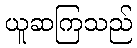
ယူဆကြသည်